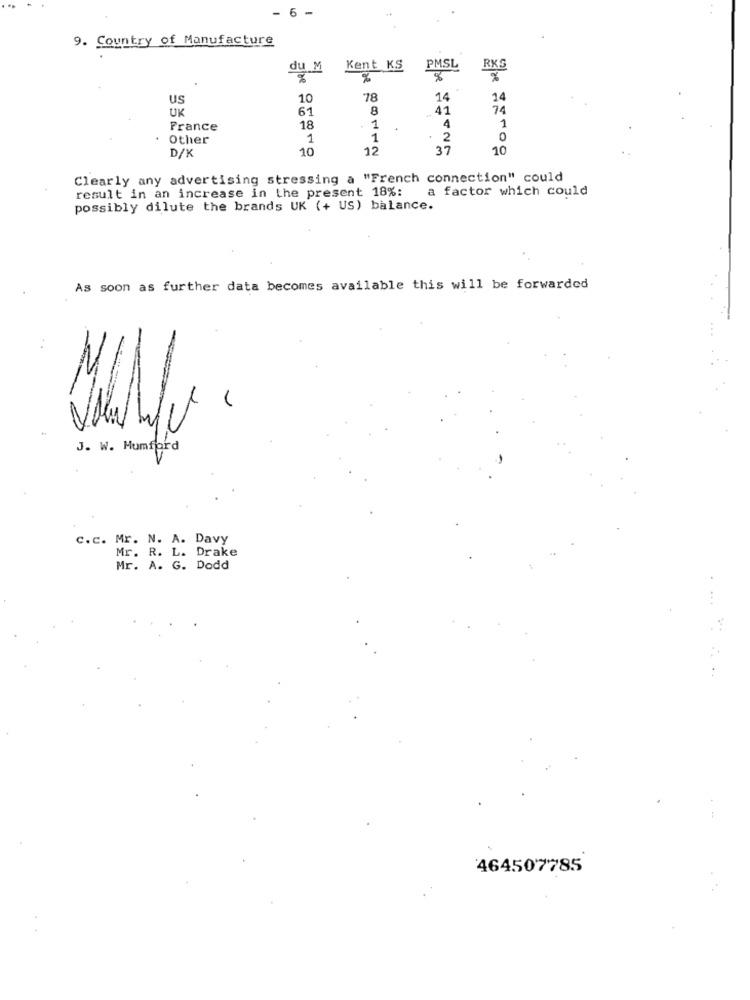
6 -
9. Country of Manufacture
du M
Kent KS
PMSL
RKS
%
US
10
78
14
14
UK
61
8
41
74
France
18
1
4
4
1
Other
1
1
2
0
D/K
10
12
37
10
Clearly any advertising stressing a "French connection" could
result in an increase in the present 18%:
a factor which could
possibly dilute the brands UK (+ US) balance.
As soon as further data becomes available this will be forwarded
J. W. Mumford
C.c. Mr. N. A. Davy
Mr. R. L. Drake
Mr. A. G. Dodd
...
464507785